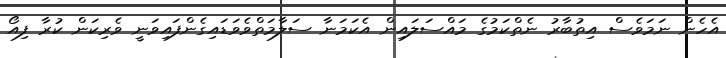
އެހެން ނަމަވެސް އިތުބާރު ނެތްކަމުގެ މައްސަލައިން އެކަމަނާ ސަލާމަތްވެވަޑައިގެންފައިވަނީ ވެރިކަން ކުރާ ފިއޯ